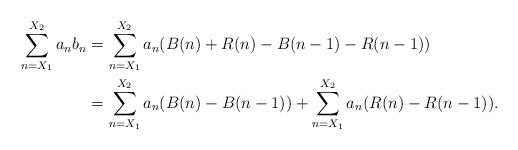
\begin{align*} \sum_{n= X_1}^{X_2} a_n b_n &= \sum_{n=X_1}^{X_2} a_n ( B(n) + R(n) - B(n-1) - R(n-1)) \\ &= \sum_{n = X_1}^{X_2} a_n( B(n) - B(n-1) ) + \sum_{n=X_1}^{X_2} a_n ( R(n)- R(n-1) ).\end{align*}